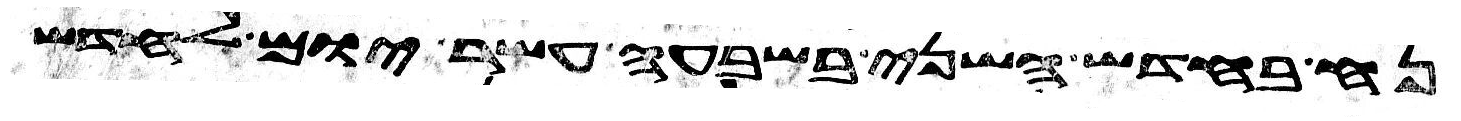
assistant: נח בחדש השני בשבעה עשר יום לחדש